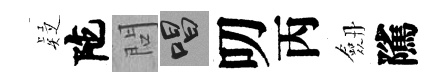
疑陀問唱叨丙劔隲